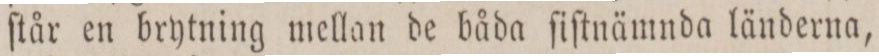
ſtår en brytning mellan de båda ſiſtnämnda länderna,